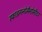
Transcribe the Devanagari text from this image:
स्फाइगनोमैनोमीटर